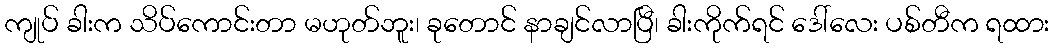
ကျုပ် ခါးက သိပ်ကောင်းတာ မဟုတ်ဘူး၊ ခုတောင် နာချင်လာပြီ၊ ခါးကိုက်ရင် ဒေါ်လေး ပစ်တီက ရထား